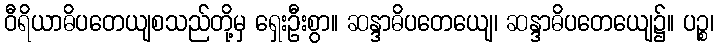
ဝီရိယာဓိပတေယျစသည်တို့မှ ရှေးဦးစွာ။ ဆန္ဒာဓိပတေယျေ၊ ဆန္ဒာဓိပတေယျေ၌။ ပဉ္စ၊